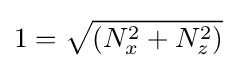
1={\sqrt {(N_{x}^{2}+N_{z}^{2})}}